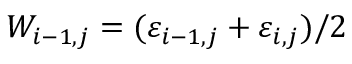
W _ { i - 1 , j } = ( \varepsilon _ { i - 1 , j } + \varepsilon _ { i , j } ) / 2